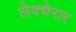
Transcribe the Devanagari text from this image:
लेक्चेरार